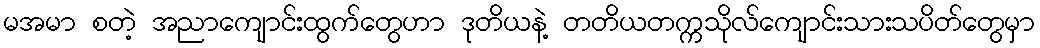
မအမာ စတဲ့ အညာကျောင်းထွက်တွေဟာ ဒုတိယနဲ့ တတိယတက္ကသိုလ်ကျောင်းသားသပိတ်တွေမှာ